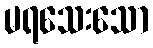
မရသေးသော